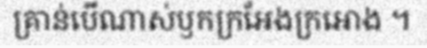
គ្រាន់បើណាស់ឫកក្រអែងក្រអោង ។